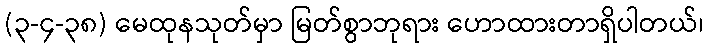
(၃-၄-၃၈) မေထုနသုတ်မှာ မြတ်စွာဘုရား ဟောထားတာရှိပါတယ်၊